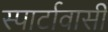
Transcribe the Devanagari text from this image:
स्पार्टावासी